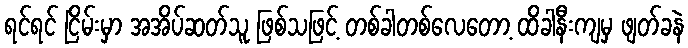
ရင်ရင် ငြိမ်းမှာ အအိပ်ဆတ်သူ ဖြစ်သဖြင့် တစ်ခါတစ်လေတော့ ထိခါနီးကျမှ ဖျတ်ခနဲ